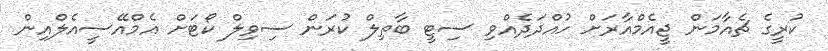
ކުރީގެ ޗެއާމަން ޖީއެމްއާރަށް ހުއްދަދެއްވި ސިޓީ ބާތިލް ކުރަން ސިވިލް ކޯޓަށް އެމްއޭސީއެލްއިން